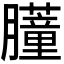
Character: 𬛞